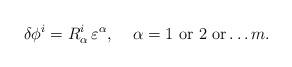
LaTeX: \begin{align*}\delta\phi^i=R^i_\alpha \,\varepsilon^\alpha,\;\;\;\;\alpha=1\,\,{\rm or}\,\, 2\,\, {\rm or}\ldots m.\end{align*}